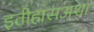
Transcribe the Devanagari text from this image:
इतीहासअशा